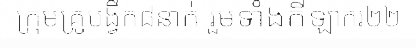
ក្រុមគ្រូបង្វឹក៨នាក់ រួមទាំងកីឡាករ២២